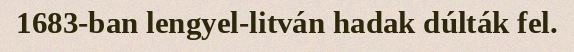
1683-ban lengyel-litván hadak dúlták fel.